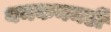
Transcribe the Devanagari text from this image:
यमकनमर्डी